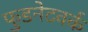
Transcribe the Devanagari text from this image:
फुडनेटवर्क